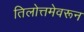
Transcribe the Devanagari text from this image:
तिलोत्तमेवरून